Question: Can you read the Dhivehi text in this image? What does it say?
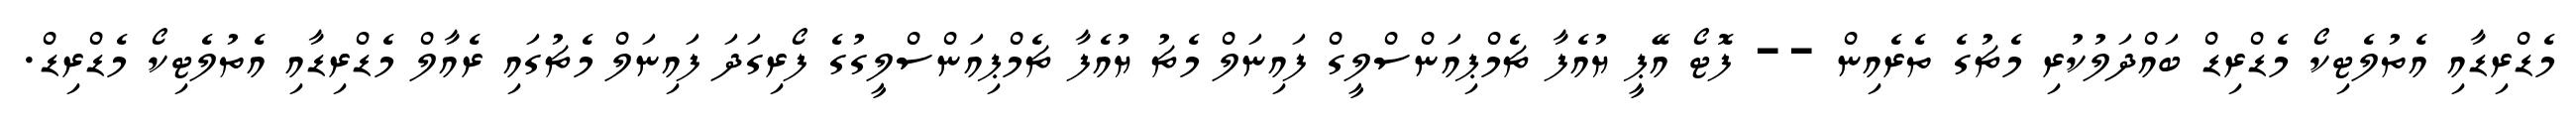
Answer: މެޑްރިޑާއި އެތުލެޓިކޯ މެޑްރިޑް ބައްދަލުކުރި މެޗުގެ ތެރެއިން -- ފޮޓޯ އޭޕީ ޔުއެފާ ޗެމްޕިއަންސްލީގް ފައިނަލް މެޗު ޔުއެފާ ޗެމްޕިއަންސްލީގުގެ ފޯރިގަދަ ފައިނަލް މެޗުގައި ރެއާލް މެޑްރިޑާއި އެތުލެޓިކޯ މެޑްރިޑް.